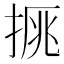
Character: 𢮉